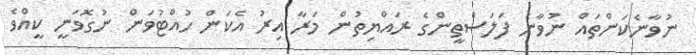
ނުވާނެކަންތައް ނުވާނެ ފަލަސްތީންގެ ރައްޔިތުން މަރާ އިރު އެކަން ހުއްޓުވަން ނުގޮވަނީ ކީއްވެ